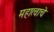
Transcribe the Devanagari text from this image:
महात्वाचे